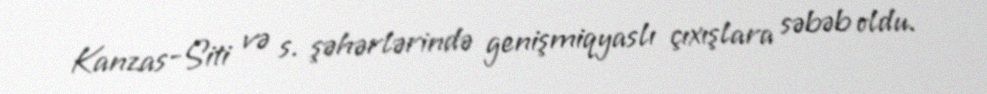
Kanzas-Siti və s. şəhərlərində genişmiqyaslı çıxışlara səbəb oldu.